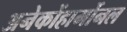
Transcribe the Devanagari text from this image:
अनेकोंहार्मोनल